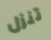
تنزل